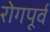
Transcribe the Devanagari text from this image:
रोगपूर्व